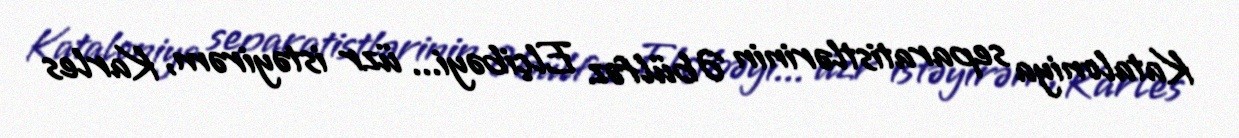
Kataloniya separatistlərinin Əbülfəz Elçibəyi... üzr istəyirəm, Karles